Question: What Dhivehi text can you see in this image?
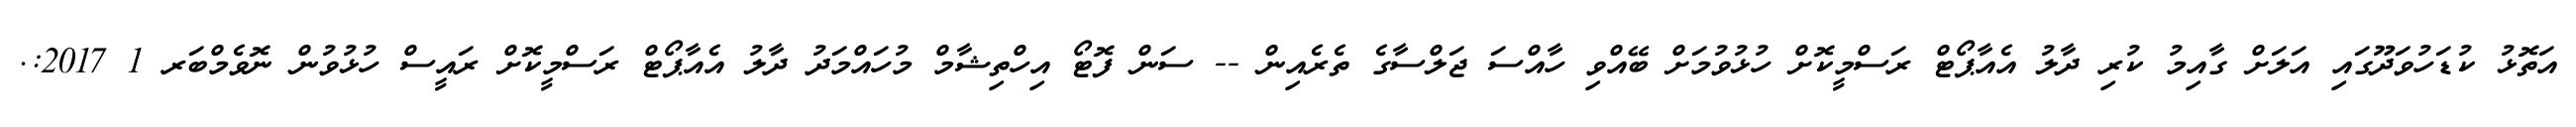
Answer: އަތޮޅު ކުޑަހުވަދޫގައި އަލަށް ގާއިމު ކުރި ދާލު އެއާޕޯޓް ރަސްމީކޮށް ހުޅުވުމަށް ބޭއްވި ހާއްސަ ޖަލްސާގެ ތެރެއިން -- ސަން ފޮޓޯ އިހްތިޝާމް މުހައްމަދު ދާލު އެއާޕޯޓް ރަސްމީކޮށް ރައީސް ހުޅުވުން ނޮވެމްބަރ 1 2017:.